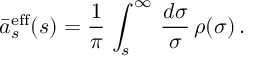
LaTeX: \bar { a } _ { s } ^ { \mathrm { e f f } } ( s ) = \frac { 1 } { \pi } \, \int _ { s } ^ { \infty } \, \frac { d \sigma } { \sigma } \, \rho ( \sigma ) \, .